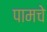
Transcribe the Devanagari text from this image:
पामचे